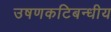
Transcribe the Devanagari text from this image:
उषणकटिबन्धीय